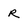
Character: R